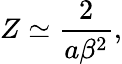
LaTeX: Z\simeq\frac{2}{a\beta^{2}},